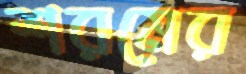
শরমের